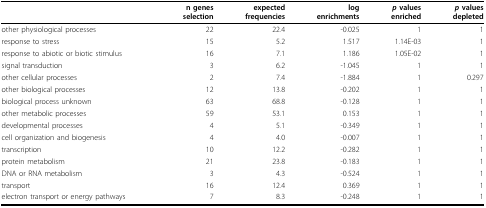
<table><thead><tr><td></td><td><b>n genesselection</b></td><td><b>expectedfrequencies</b></td><td><b>logenrichments</b></td><td><b><i>p </i>valuesenriched</b></td><td><b><i>p </i>valuesdepleted</b></td></tr></thead><tbody><tr><td>other physiological processes</td><td>22</td><td>22.4</td><td>-0.025</td><td>1</td><td>1</td></tr><tr><td>response to stress</td><td>15</td><td>5.2</td><td>1.517</td><td>1.14E-03</td><td>1</td></tr><tr><td>response to abiotic or biotic stimulus</td><td>16</td><td>7.1</td><td>1.186</td><td>1.05E-02</td><td>1</td></tr><tr><td>signal transduction</td><td>3</td><td>6.2</td><td>-1.045</td><td>1</td><td>1</td></tr><tr><td>other cellular processes</td><td>2</td><td>7.4</td><td>-1.884</td><td>1</td><td>0.297</td></tr><tr><td>other biological processes</td><td>12</td><td>13.8</td><td>-0.202</td><td>1</td><td>1</td></tr><tr><td>biological process unknown</td><td>63</td><td>68.8</td><td>-0.128</td><td>1</td><td>1</td></tr><tr><td>other metabolic processes</td><td>59</td><td>53.1</td><td>0.153</td><td>1</td><td>1</td></tr><tr><td>developmental processes</td><td>4</td><td>5.1</td><td>-0.349</td><td>1</td><td>1</td></tr><tr><td>cell organization and biogenesis</td><td>4</td><td>4.0</td><td>-0.007</td><td>1</td><td>1</td></tr><tr><td>transcription</td><td>10</td><td>12.2</td><td>-0.282</td><td>1</td><td>1</td></tr><tr><td>protein metabolism</td><td>21</td><td>23.8</td><td>-0.183</td><td>1</td><td>1</td></tr><tr><td>DNA or RNA metabolism</td><td>3</td><td>4.3</td><td>-0.524</td><td>1</td><td>1</td></tr><tr><td>transport</td><td>16</td><td>12.4</td><td>0.369</td><td>1</td><td>1</td></tr><tr><td>electron transport or energy pathways</td><td>7</td><td>8.3</td><td>-0.248</td><td>1</td><td>1</td></tr></tbody></table>